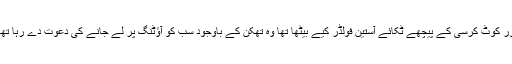
اور کوٹ کرسی کے پیچھے ٹکائے آستین فولڈر کیے بیٹھا تھا وہ تھکن کے باوجود سب کو آؤٹنگ پر لے جانے کی دعوت دے رہا تھا۔